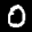
Label: 0